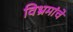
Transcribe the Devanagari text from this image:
विभ्रमांचे